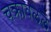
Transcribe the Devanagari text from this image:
चक्रावलेले